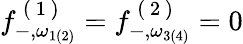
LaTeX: {f}_{-,\omega_{1(2)}}^{\mathrm{~(~1~)~}}={f}_{-,\omega_{3(4)}}^{\mathrm{~(~2~)~}}=0